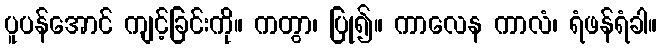
ပူပန်အောင် ကျင့်ခြင်းကို။ ကတွာ၊ ပြု၍။ ကာလေန ကာလံ၊ ရံဖန်ရံခါ။